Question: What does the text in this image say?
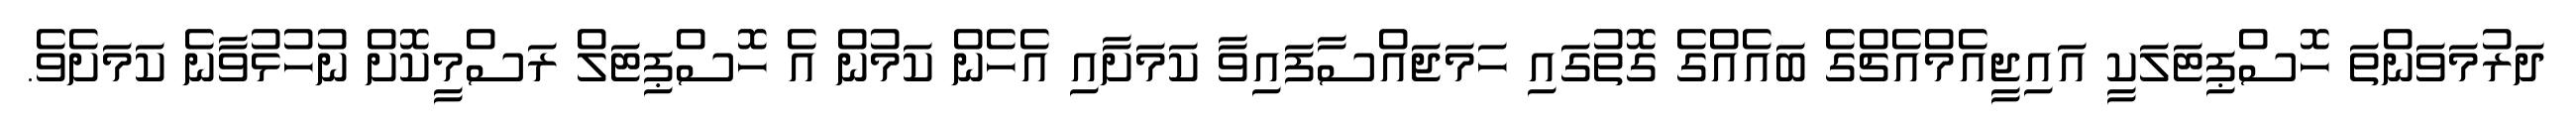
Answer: ދަރުމަވަންތަ ހޮސްޕިޓަލަކީ އައިޖީއެމްއެޗްގެ ބައެއްގެ ގޮތުގައި ހަމަޖައްސާފައިވާ ކަމަށާއި އެހެން ކަމުން އެ ހޮސްޕިޓަލް ރަސްމީކޮށް ނުހުޅުވާނެ ކަމަށެވެ.